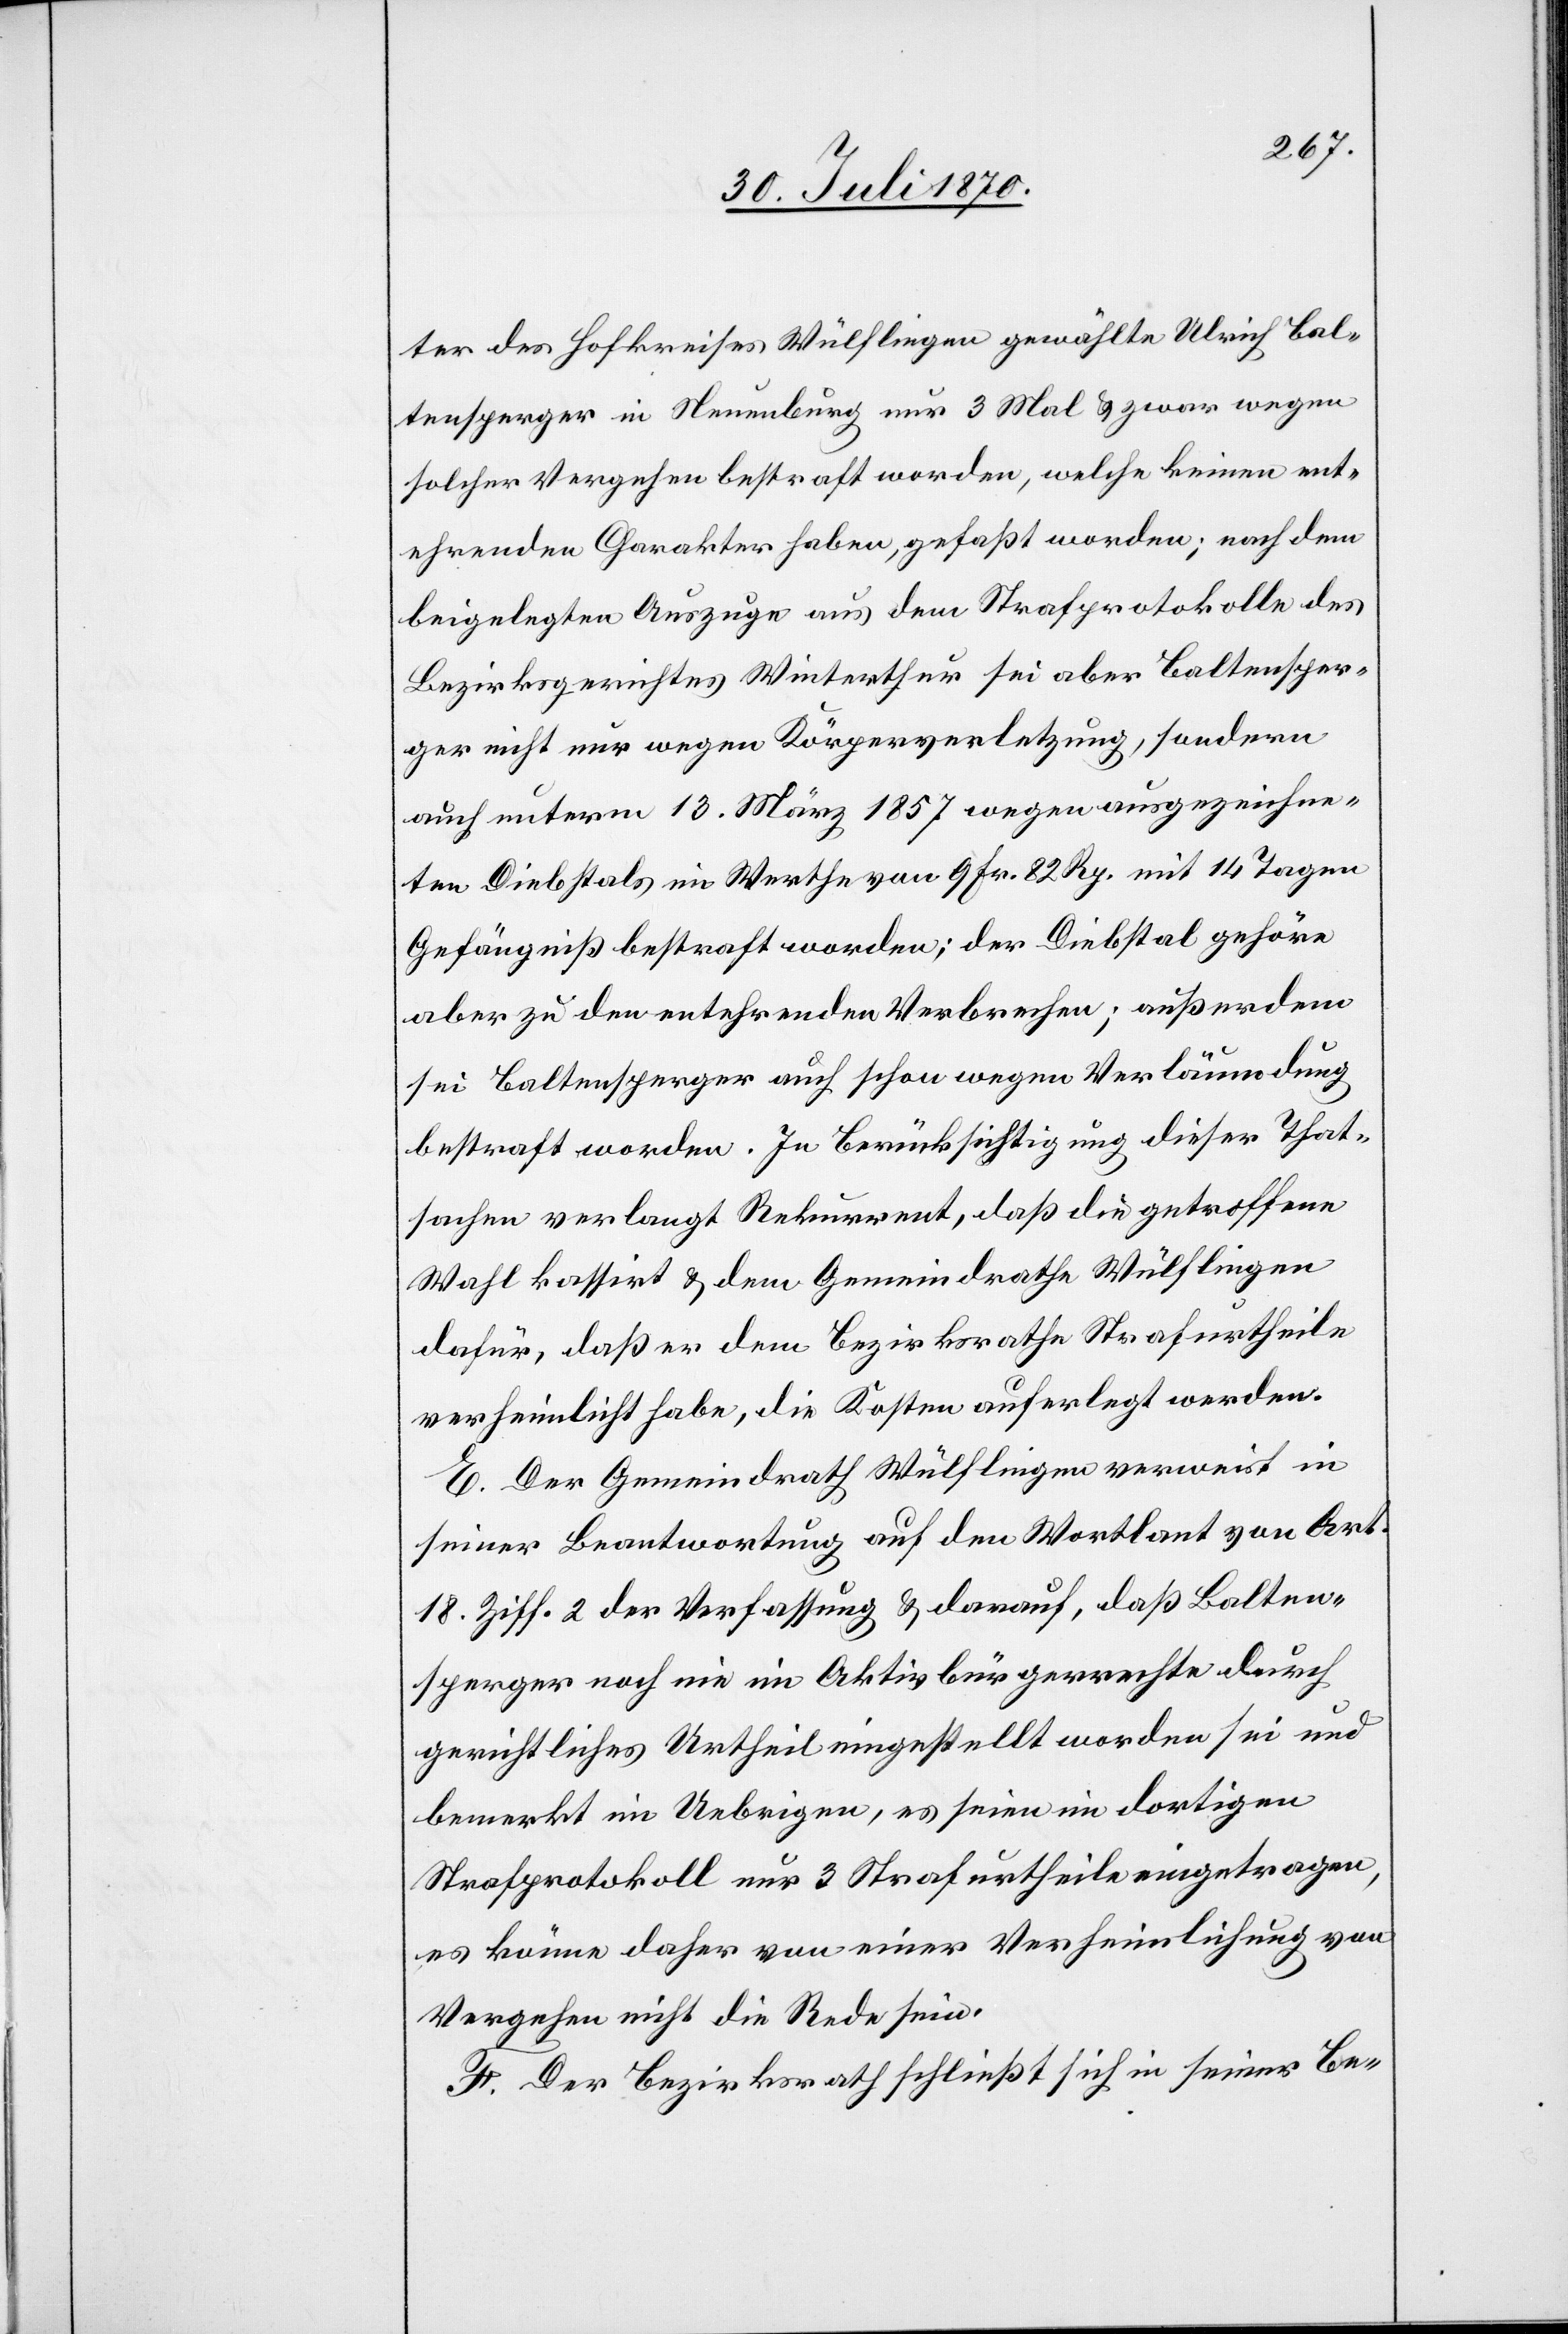
ter des Hofkreises Wülflingen gewählte Ulrich Bal¬
tensperger in Neuenburg nur 3 Mal & zwar wegen
solcher Vergehen bestraft worden, welche keinen ent¬
ehrenden Charakter haben, gefaßt worden; nach dem
beigelegten Auszuge aus dem Strafprotokolle des
Bezirksgerichtes Winterthur sei aber Baltensper¬
ger nicht nur wegen Körperverletzung, sondern
auch unterm 13. März 1857 wegen ausgezeichne¬
ten Diebstals im Werthe von 9 Fr. 82 Rp. mit 14 Tagen
Gefängniß bestraft worden; der Diebstal gehöre
aber zu den entehrenden Verbrechen; außerdem
sei Baltensperger auch schon wegen Verläumdung
bestraft worden. In Berücksichtigung dieser That¬
sachen verlangt Rekurrent, daß die getroffene
Wahl kassiert & dem Gemeindrathe Wülflingen
dafür, daß er dem Bezirksrathe Strafurtheile
verheimlicht habe, die Kosten auferlegt werden.
E. Der Gemeindrath Wülflingen verweist in
seiner Beantwortung auf den Wortlaut von Art.
18 Ziff. 2 der Verfassung & darauf, daß Balten¬
sperger noch nie im Aktivbürgerrechte durch
gerichtliches Urtheil eingestellt worden sei und
bemerkt im Uebrigen, es seien im dortigen
Strafprotokoll nur 3 Strafurtheile eingetragen,
es könne daher von einer Verheimlichung von
Vergehen nicht die Rede sein.
F. Der Bezirksrath schließt sich in seiner Be-